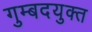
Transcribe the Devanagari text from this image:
गुम्बदयुक्त